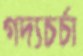
গদ্যচর্চা